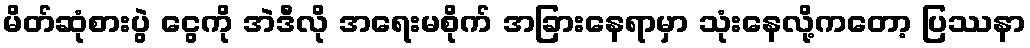
မိတ်ဆုံစားပွဲ ငွေကို အဲဒီလို အရေးမစိုက် အခြားနေရာမှာ သုံးနေလို့ကတော့ ပြဿနာ